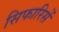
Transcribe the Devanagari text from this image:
सिफारिसें